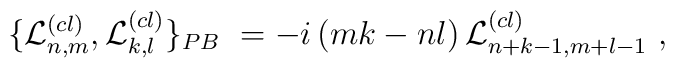
\{ {{\cal{L}}^{(cl)}_{n,m}},{{\cal{L}}^{(cl)}_{k,l}}\}_{PB}\ = -i \left( mk-nl \right ){{\cal{L}}^{(cl)}_{n+k-1,m+l-1}}\ ,